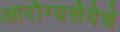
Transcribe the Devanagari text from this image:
आरोग्यसेवेचे